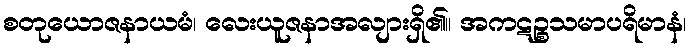
စတုယောဇနာယမံ၊ လေးယူဇနာအလျားရှိ၏။ အကဋဉ္စသမာပရိမာနံ၊